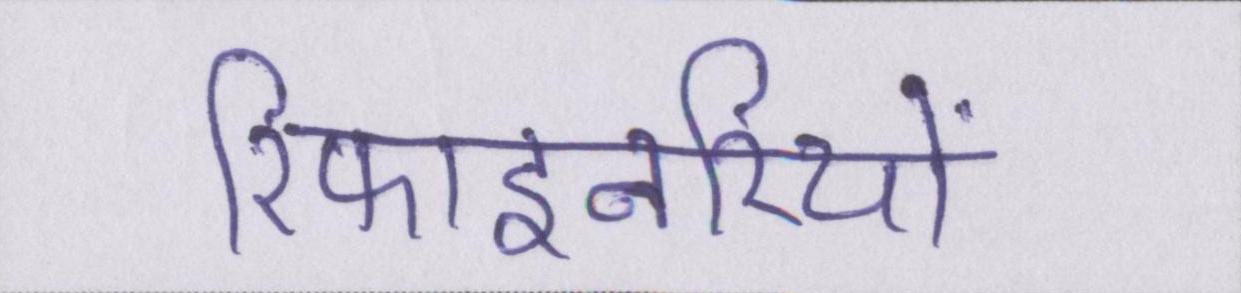
रिफाइनरियों